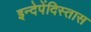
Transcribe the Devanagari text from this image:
इन्देपेंदिस्तास